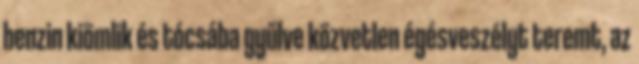
benzin kiömlik és tócsába gyűlve közvetlen égésveszélyt teremt, az